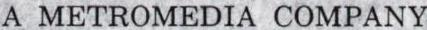
A METROMEDIA COMPANY